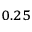
_ { 0 . 2 5 }